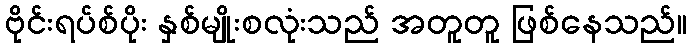
ဗိုင်းရပ်စ်ပိုး နှစ်မျိုးစလုံးသည် အတူတူ ဖြစ်နေသည်။